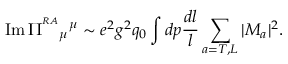
\mathrm { I m } \, \Pi ^ { ^ { R A } } { } _ { \mu } { } ^ { \mu } \sim e ^ { 2 } g ^ { 2 } q _ { 0 } \int d p { \frac { d l } { l } } \sum _ { a = T , L } | { \cal M } _ { a } | ^ { 2 } .